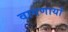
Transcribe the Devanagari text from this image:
वागणार्या